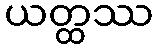
ယတ္ထဿ